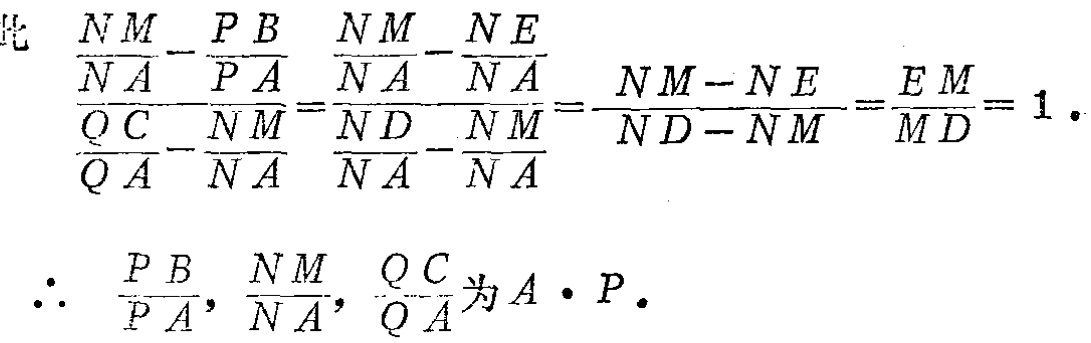
\[
\frac{\frac{NM}{NA} - \frac{PB}{PA}}{\frac{QC}{QA} - \frac{NM}{NA}} = \frac{\frac{NM}{NA} - \frac{NE}{NA}}{\frac{ND}{NA} - \frac{NM}{NA}} = \frac{NM - NE}{ND - NM} = \frac{EM}{MD} = 1.
\]
\[
\therefore \frac{PB}{PA}, \frac{NM}{NA}, \frac{QC}{QA} \text{为} A \cdot P.
\]